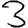
Digit: 3